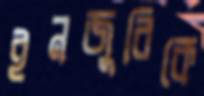
ইনজুরিকে